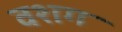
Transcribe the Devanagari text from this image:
वशग